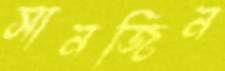
সানজিন